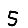
Digit: 5